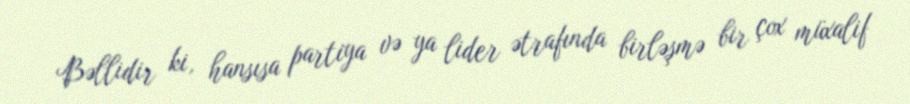
Bəllidir ki, hansısa partiya və ya lider ətrafında birləşmə bir çox müxalif